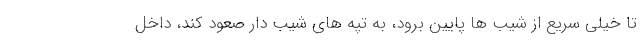
تا خیلی سریع از شیب ها پایین برود، به تپه های شیب دار صعود کند، داخل